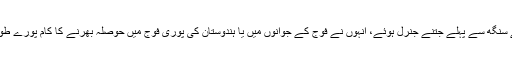
جنرل وی کے سنگھ سے پہلے جتنے جنرل ہوئے، انہوں نے فوج کے جوانوں میں یا ہندوستان کی پوری فوج میں حوصلہ بھرنے کا کام پورے طور پر نہیں کیا۔